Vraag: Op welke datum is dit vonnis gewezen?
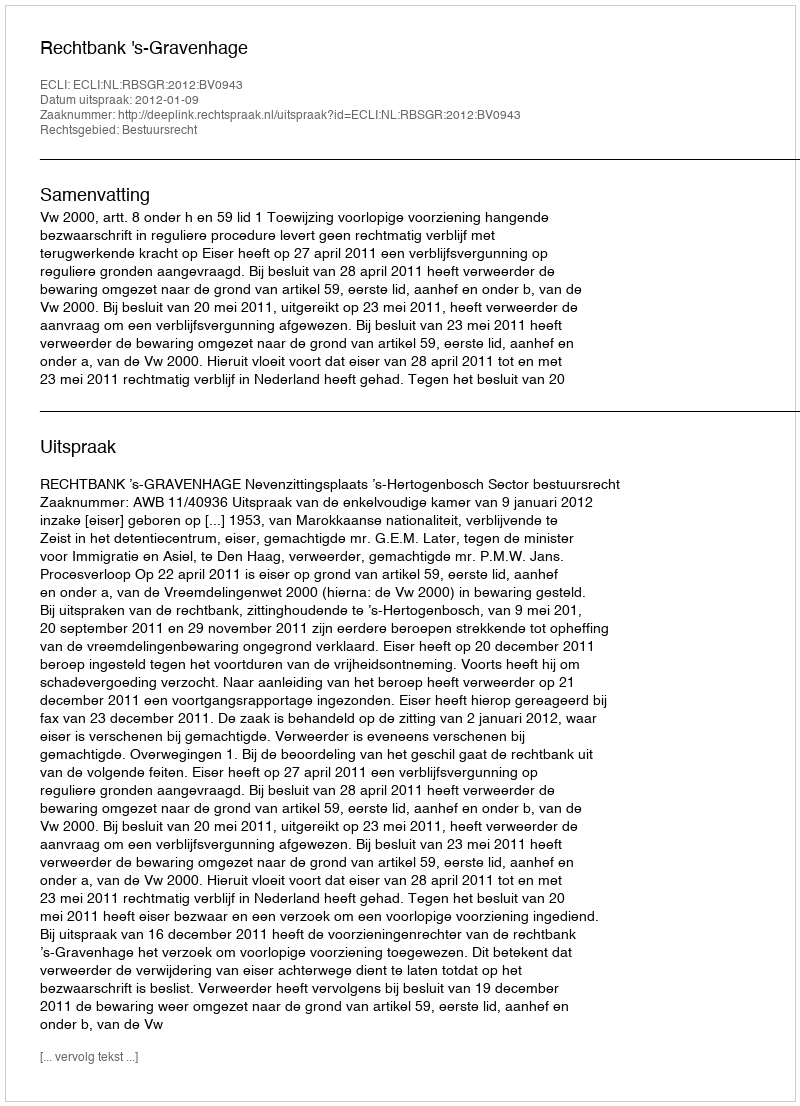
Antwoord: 2012-01-09